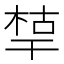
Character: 𰏪